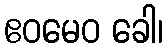
ဧဝမေဝ ခေါ၊